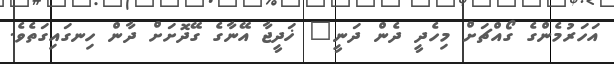
އަހަރުމެންގެ ގޯއްޗަށް މިހެދީ ދެން ދަނީ" ޚަދީޖާ އޭނާގެ ގޭދޮށަށް ދާން ހިނގައިގަތެވެ.